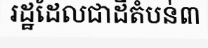
រដ្ឋដែលជាដីតំបន់៣